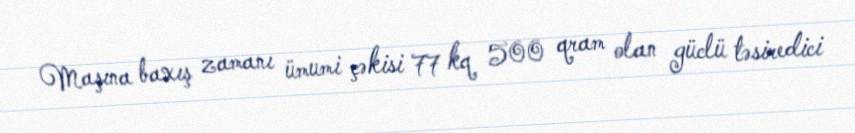
Maşına baxış zamanı ümumi çəkisi 77 kq 500 qram olan güclü təsiredici